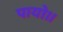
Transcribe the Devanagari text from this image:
पायो।।